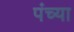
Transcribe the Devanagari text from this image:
पंच्या